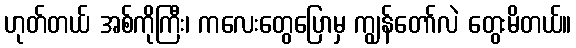
ဟုတ်တယ် အစ်ကိုကြီး၊ ကလေးတွေပြောမှ ကျွန်တော်လဲ တွေးမိတယ်။